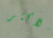
الاكثر